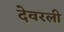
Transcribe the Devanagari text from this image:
देवरली